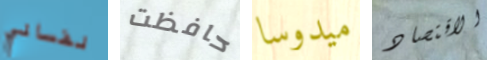
نفساني حافظت ميدوسا الاقتصاد